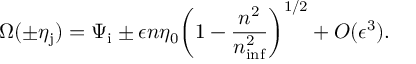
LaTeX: \Omega ( \pm \eta _ { \mathrm { j } } ) = \Psi _ { \mathrm { i } } \pm \epsilon n \eta _ { 0 } \biggl ( 1 - \frac { n ^ { 2 } } { n _ { \mathrm { i n f } } ^ { 2 } } \biggr ) ^ { 1 / 2 } + { \cal O } ( \epsilon ^ { 3 } ) .